Lunatic asylums Punjab 1881-1894 - 1881-1894
Year: 1881
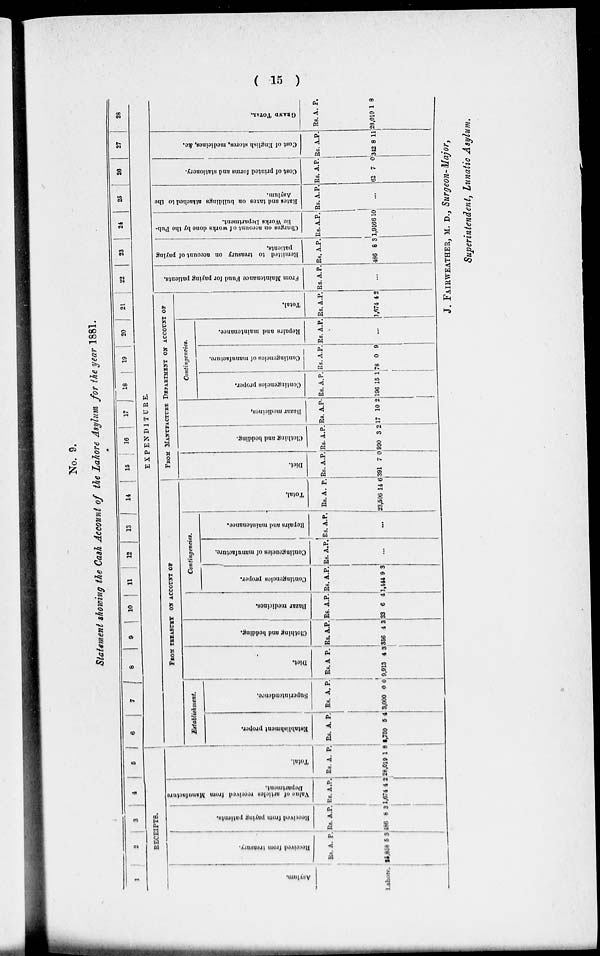
( 15 )
No. 9.
Statement showing the Cash Account of the Lahore Asylum for the year 1881.
1
2
3 4
5
RECEIPTS.
Asylum.
Lahore.
Received from treasury.
Rs.
25,858
A.
5
P.
3
Received from paying patients.
Rs.
486
A.
8
P.
31
Value of articles received from Manufacture
Department.
Rs.
1,674
A.
4
P.
2
Total.
Rs.
28,019
A.
1
P.
8
6
7
8
9
10 11
12
13
14 15 16
17
18
19
20
21
22
23
24
25
26
27
28
EXPENDITURE.
FROM TREASURY ON ACCOUNT OF
Establishment.
Establishment proper.
Rs.
8,759
A.
5
P.
4
Superintendence
Rs.
3,000
A.
0
P.
0
Diet.
Rs.
9,913
A
4
P.
3
Clothing and bedding.
Rs.
356
A.
4
P.
3
Bazar medicines.
Rs.
33
A.
6
P.
4
Contingencies.
Contingencies proper.
Rs.
1,444
A.
9
P.
3
Contingencies of manufacture.
Rs. A. P.
...
Repairs
and maintenance.
Rs. A. P.
...
Total.
Rs.
23,506
A.
14
P.
6
FROM MANUFACTURE DEPARTMENT ON ACCOUNT OF
Diet.
Rs.
391
A.
7
P.
0
Clothing and bedding.
Rs.
990
A.
3
P.
2
Bazar medicines,
Rs.
17
A.
10
P.
2
Contingencies,
Contingencies proper.
Rs.
196
A.
15
P.
1
Contingencies of manufacture.
Rs.
78
A.
0
P.
9
Repairs
and maintenance.
Rs. A. P.
...
Total.
Rs.
1,674
A.
4
P.
2
From Maintenance Fund for paying patients.
Rs. A.
P.
...
Remitted to treasury on account of paying
patients.
Rs.
486
A.
8
P.
3
Charges
on account of works done by the Pub-
lic Works Department.
Rs.
1,946
A.
6
P.
10
Rates
and taxes on buildings attached to the
Asylum.
Rs. A. P.
...
Cost of printed forms and stationery.
Rs.
62
A.
7
P.
0
Cost of English stores,
medicines, &c.
Rs.
342
A.
8
P.
11
GRAND TOTAL.
Rs.
28,019
A.
1
P.
8
J. FAIRWEATHER, M.D., Surgeon-Major,
Superintendent, Lunatic Asylum.